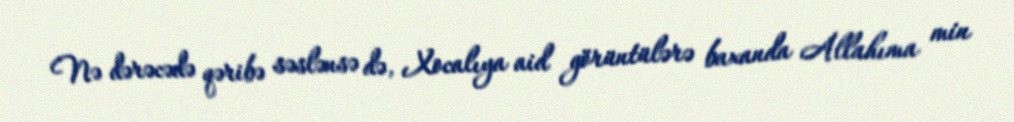
Nə dərəcədə qəribə səslənsə də, Xocalıya aid görüntülərə baxanda Allahıma min